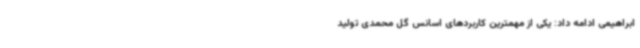
ابراهیمی ادامه داد: یکی از مهمترین کاربردهای اسانس گل محمدی تولید